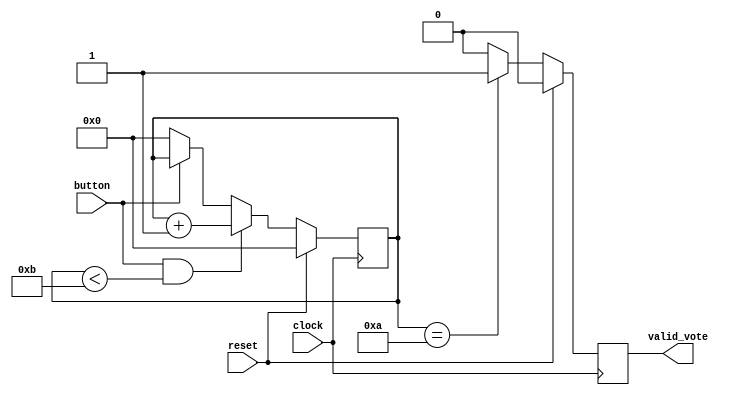
`timescale 1ns / 1ps

module buttonControl(
	input clock,
    input reset,
    input button,
    output reg valid_vote
);
  
reg [30:0] counter;   /// counter to measure how long a button is pressed
  
always @(posedge clock) 
begin
    if(reset)
        counter <= 0;         /// at reset counter become zero
    else
    begin
        if (button & counter<11)
            counter <= counter +1;
        else if (!button)
            counter <= 0;
    end
end

always @(posedge clock)
begin
    if(reset)
        valid_vote <= 1'b0;
    else
    begin
        if (counter==10)
            valid_vote <= 1'b1;
        else
            valid_vote <= 1'b0;
    end
end


endmodule